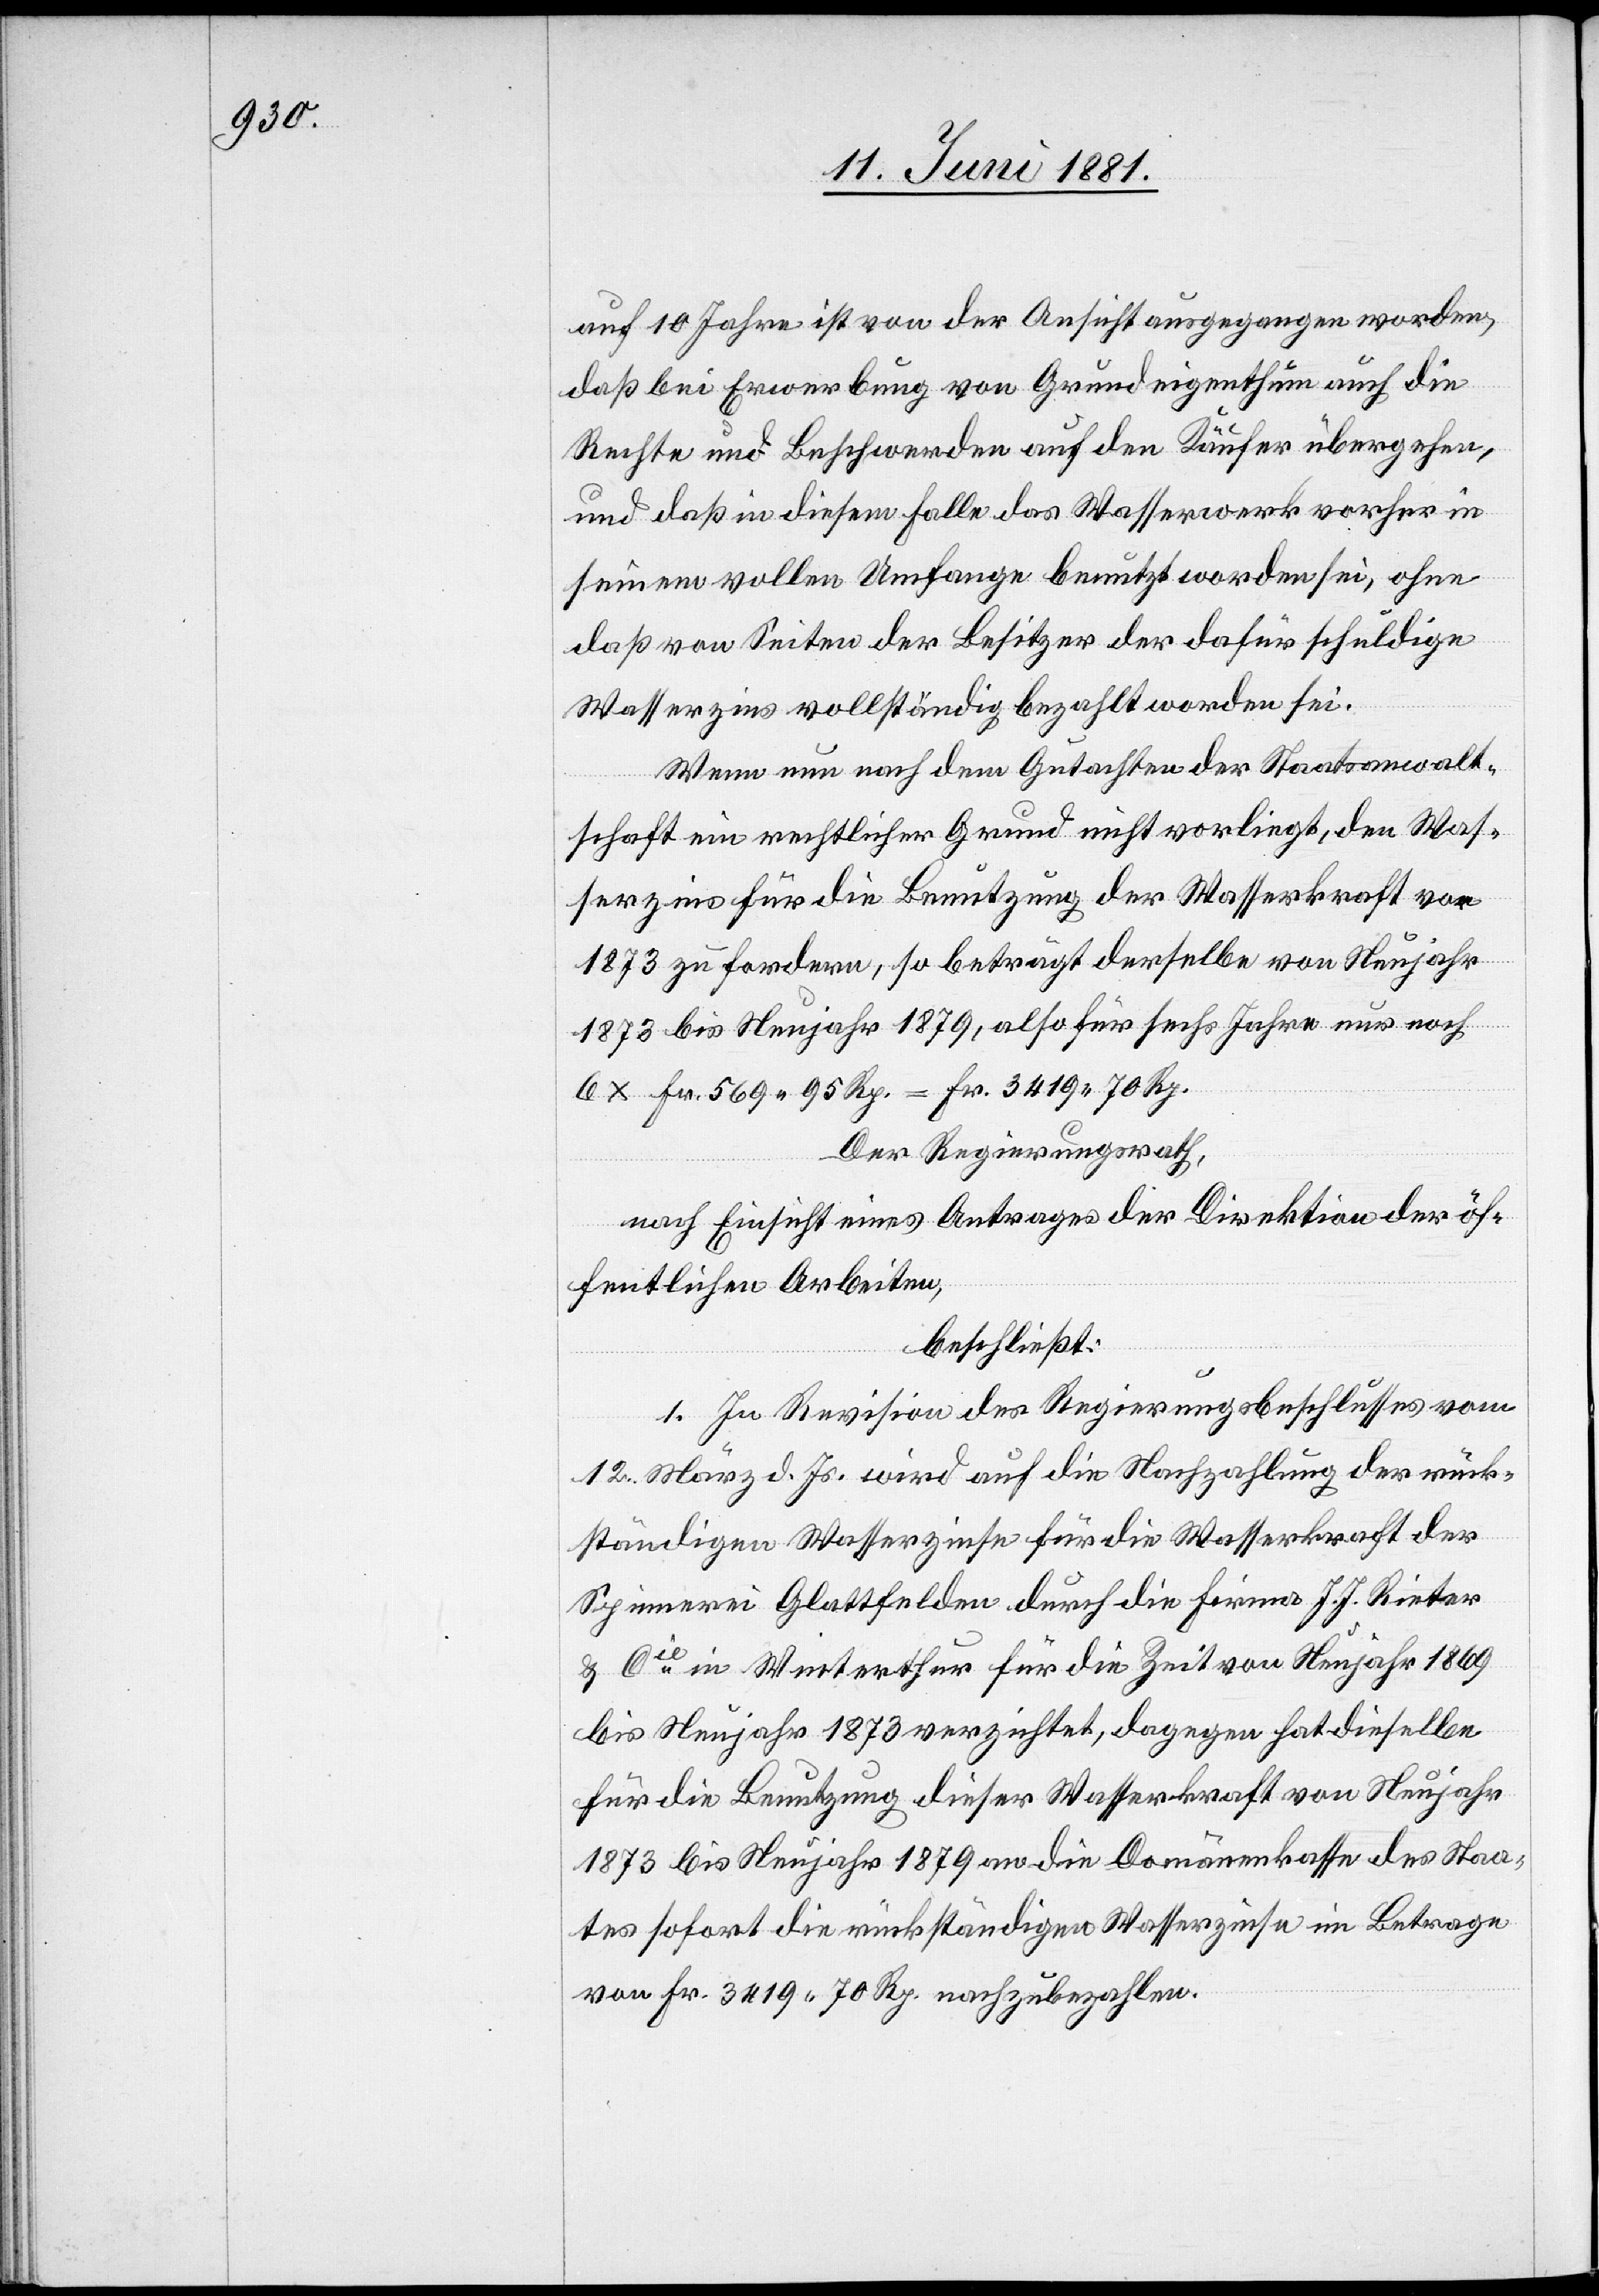
auf 10 Jahre ist von der Ansicht ausgegangen worden,
daß bei Erwerbung von Grundeigenthum auch die
Rechte und Beschwerden auf den Käufer übergehen,
und daß in diesem Falle das Wasserwerk vorher in
seinem vollen Umfange benutzt worden sei, ohne
hat
daß von Seiten der Besitzer der dafür schuldige
Wasserzins vollständig bezahlt worden sei.
Wenn nun nach dem Gutachten der Staatsanwalt¬
schaft ein rechtlicher Grund nicht vorliegt, den Was¬
serzins für die Benutzung der Wasserkraft vor
1873 zu fordern, so beträgt derselbe von Neujahr
1873 bis Neujahr 1879, also für sechs Jahre nur noch
6 x Fr. 569 95 Rp. = Fr. 3419 70 Rp.
Der Regierungsrath,
nach Einsicht eines Antrages der Direktion der öf¬
fentlichen Arbeiten,
beschließt:
1. In Revision des Regierungsrathsbeschlusses vom
12. März d. Js. wird auf die Nachzahlung der rück¬
ständigen Wasserzinse für die Wasserkraft der
Spinnerei Glattfelden durch die Firma J. J. Rieter
& Cie in Winterthur für die Zeit von Neujahr 1873
für die Benutzung dieser Wasserkraft von Neujahr
1873 bis Neujahr 1879 an die Domänenkasse des Staa¬
tes sofort die rückständigen Wasserzinse im Betrage
von Fr. 3419 70 Rp. nachzubezahlen.

dies¬
elbe